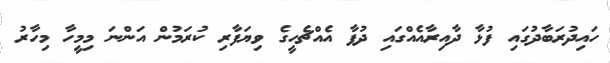
ހައިދުރަބާދުގައި ފުޅާ ދާއިރާއެއްގައި ދުފާ އެއްޗެހީގެ ވިޔަފާރި ކުރަމުން އަންނަ މިމީހާ މިހާރު